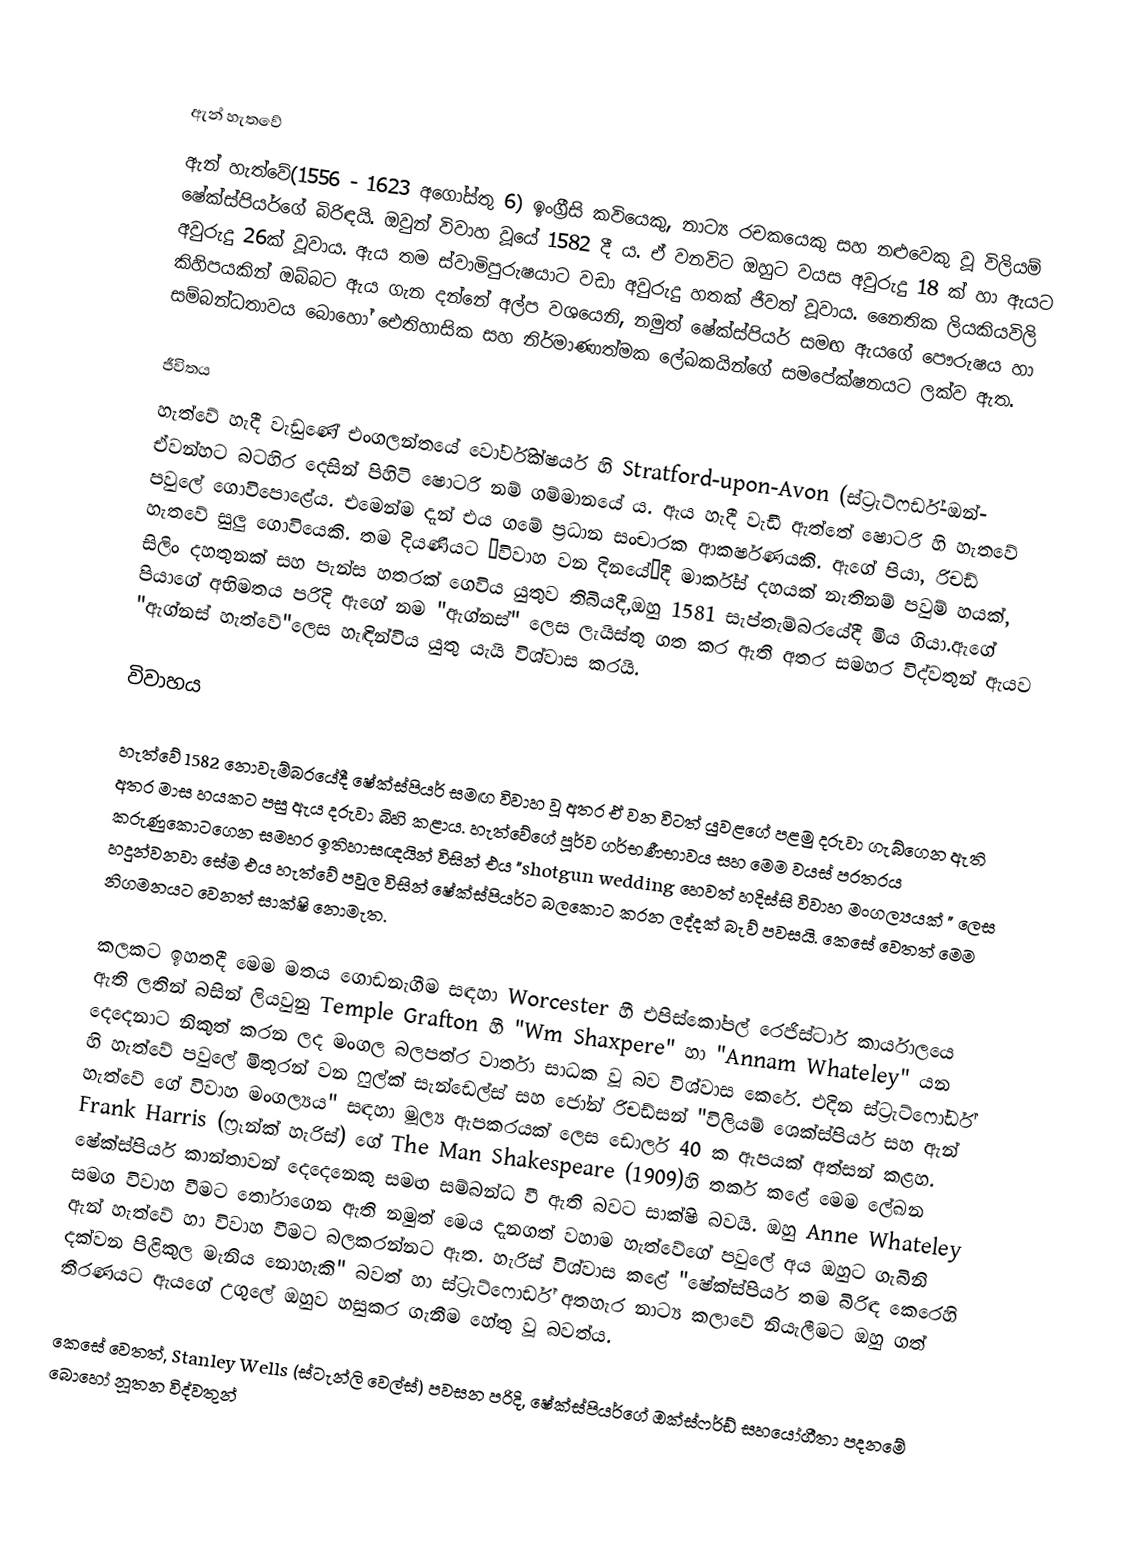

ඇන් හැතවේ
 ඇන් හැත්වේ(1556   - 1623 අගෝස්තු 6) ඉංග්‍රීසි කවියෙකු, නාට්‍ය රචකයෙකු සහ නළුවෙකු වූ විලියම් ෂේක්ස්පියර්ගේ බිරිඳයි. ඔවුන් විවාහ වූයේ 1582 දී ය. ඒ වනවිට ඔහුට වයස අවුරුදු 18 ක් හා ඇයට අවුරුදු 26ක් වූවාය. ඇය තම ස්වාමිපුරුෂයාට වඩා අවුරුදු හතක් ජීවත් වූවාය. නෛතික ලියකියවිලි කිහිපයකින් ඔබ්බට ඇය ගැන දන්නේ අල්ප වශයෙනි, නමුත් ෂේක්ස්පියර් සමඟ ඇයගේ පෞරුෂය හා සම්බන්ධතාවය බොහෝ ඓතිහාසික සහ නිර්මාණාත්මක ලේඛකයින්ගේ සමපේක්ෂනයට ලක්ව ඇත.

ජීවිතය
හැත්වේ හැදී වැඩුණේ එංගලන්තයේ වෝර්වික්ෂයර් හි Stratford-upon-Avon (ස්ට්‍රැට්ෆර්ඩ්-ඔන්- ඒවන්හට බටහිර දෙසින් පිහිටි ෂොටරි නම් ගම්මානයේ ය. ඇය හැදී වැඩී ඇත්තේ ෂොටරි හි හැතවේ පවුලේ ගොවිපොළේය. එමෙන්ම දැන් එය ගමේ ප්‍රධාන සංචාරක ආකර්ෂණයකි. ඇගේ පියා, රිචඩ් හැතවේ සුලු ගොවියෙකි. තම දියණියට “විවාහ වන දිනයේ”දී මාර්ක්ස් දහයක් නැතිනම් පවුම් හයක්, සිලිං දහතුනක් සහ පැන්ස හතරක්  ගෙවිය යුතුව තිබියදී,ඔහු 1581 සැප්තැම්බරයේදී මිය ගියා.ඇගේ පියාගේ අභිමතය පරිදි ඇගේ නම "ඇග්නස්" ලෙස ලැයිස්තු ගත කර ඇති අතර සමහර විද්වතුන් ඇයව "ඇග්නස් හැත්වේ"ලෙස හැඳින්විය යුතු යැයි විශ්වාස කරයි.

විවාහය

හැත්වේ 1582 නොවැම්බරයේදී ෂේක්ස්පියර් සමඟ විවාහ වූ අතර ඒ වන විටත් යුවළගේ පළමු දරුවා ගැබ්ගෙන ඇති අතර මාස හයකට පසු ඇය දරුවා බිහි කළාය. හැත්වේගේ පූර්ව ගර්භණීභාවය සහ මෙම වයස් පරතරය කරුණුකොටගෙන සමහර ඉතිහාසඥයින් විසින් එය "shotgun wedding හෙවත් හදිස්සි විවාහ මංගල්‍යයක් " ලෙස හදුන්වනවා සේම එය හැත්වේ පවුල විසින් ෂේක්ස්පියර්ට බලකොට කරන ලද්දක් බැව් පවසයි. කෙසේ වෙතත් මෙම නිගමනයට වෙනත් සාක්ෂි නොමැත.

කලකට ඉහතදී මෙම මතය ගොඩනැගීම සඳහා Worcester හී එපිස්කෝපල් රෙජිස්ටාර් කාර්යාලයෙ ඇති ලතින් බසින් ලියවුනු Temple Grafton හී "Wm Shaxpere" හා "Annam Whateley" යන දෙදෙනාට නිකුත් කරන ලද මංගල බලපත්ර වාර්තා සාධක වූ බව විශ්වාස කෙරේ. එදින ස්ට්‍රැට්ෆෝර්ඩ් හි හැත්වේ පවුලේ මිතුරන් වන ෆුල්ක් සැන්ඩෙල්ස් සහ ජෝන් රිචඩ්සන් "විලියම් ශෙක්ස්පියර් සහ ඇන් හැත්වේ ගේ විවාහ මංගල්‍යය" සඳහා මූල්‍ය ඇපකරයක් ලෙස ඩොලර් 40 ක ඇපයක් අත්සන් කළහ. Frank Harris (ෆ්‍රෑන්ක් හැරිස්) ගේ The Man Shakespeare (1909)හි තර්ක කළේ මෙම ලේඛන ෂේක්ස්පියර් කාන්තාවන් දෙදෙනෙකු සමඟ සම්බන්ධ වී ඇති බවට සාක්ෂි බවයි. ඔහු Anne Whateley සමග විවාහ වීමට තෝරාගෙන ඇති නමුත් මෙය දැනගත් වහාම හැත්වේගේ පවුලේ අය ඔහුට ගැබිනි ඇන් හැත්වේ හා විවාහ වීමට බලකරන්නට ඇත. හැරිස් විශ්වාස කළේ "ෂේක්ස්පියර් තම බිරිඳ කෙරෙහි දක්වන පිළිකුල මැනිය නොහැකි" බවත් හා ස්ට්‍රැට්ෆොර්ඩ් අතහැර නාට්‍ය කලාවේ නියැලීමට ඔහු ගත් තීරණයට ඇයගේ උගුලේ ඔහුව හසුකර ගැනීම හේතු වූ බවත්ය.

කෙසේ වෙතත්, Stanley Wells (ස්ටැන්ලි වෙල්ස්) පවසන පරිදි, ෂේක්ස්පියර්ගේ ඔක්ස්ෆර්ඩ් සහයෝගීතා පදනමේ බොහෝ නූතන විද්වතුන්